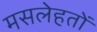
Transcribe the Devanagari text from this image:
मसलेहतों